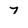
Character: 7